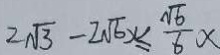
2 \sqrt { 3 } - 2 \sqrt { 6 } x \leq \frac { \sqrt { 6 } } { 6 } x